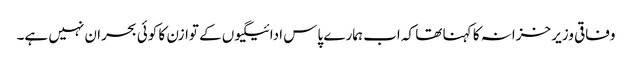
وفاقی وزیر خزانہ کا کہنا تھا کہ اب ہمارے پاس ادائیگیوں کے توازن کا کوئی بحران نہیں ہے۔